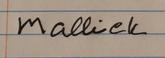
Signature authenticity: forged